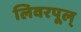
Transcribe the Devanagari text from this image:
लिवरपूल्